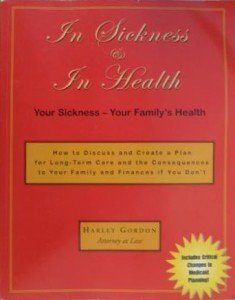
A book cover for In Sickness & In Health: How to Discuss and Create a Plan for Long-Term Care and the Consequences to Your Family and Finances if You Don't; Harley Gordon Esq.; Medical Books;